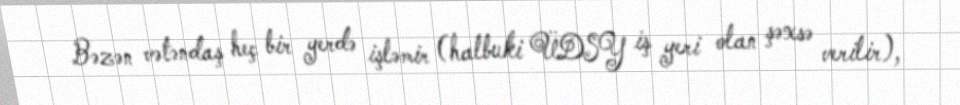
Bəzən vətəndaş heç bir yerdə işləmir (halbuki ÜDSY iş yeri olan şəxsə verilir),